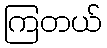
ကြတယ်